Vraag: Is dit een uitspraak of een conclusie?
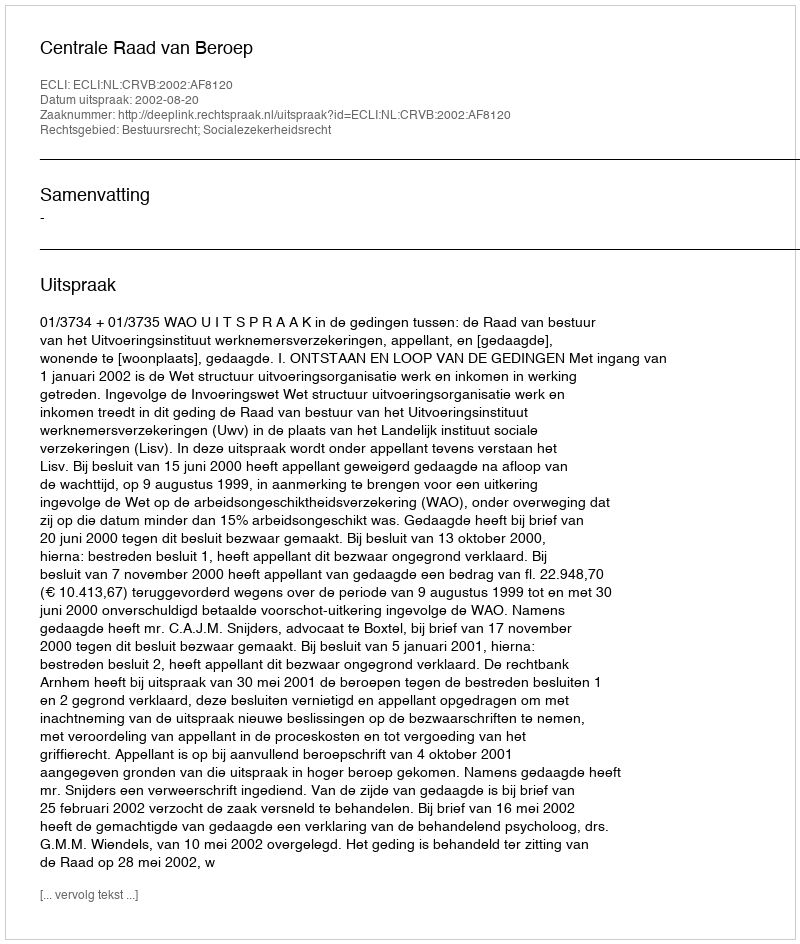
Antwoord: Uitspraak